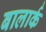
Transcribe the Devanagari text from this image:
बालार्क